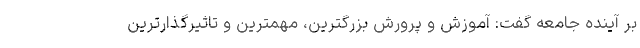
بر آینده جامعه گفت: آموزش و پرورش بزرگترین، مهمترین و تاثیرگذارترین